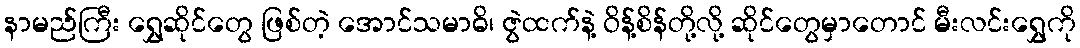
နာမည်ကြီး ရွှေဆိုင်တွေ ဖြစ်တဲ့ အောင်သမာဓိ၊ ဇွဲထက်နဲ့ ဝိန့်စိန်တို့လို့ ဆိုင်တွေမှာတောင် မီးလင်းရွှေကို